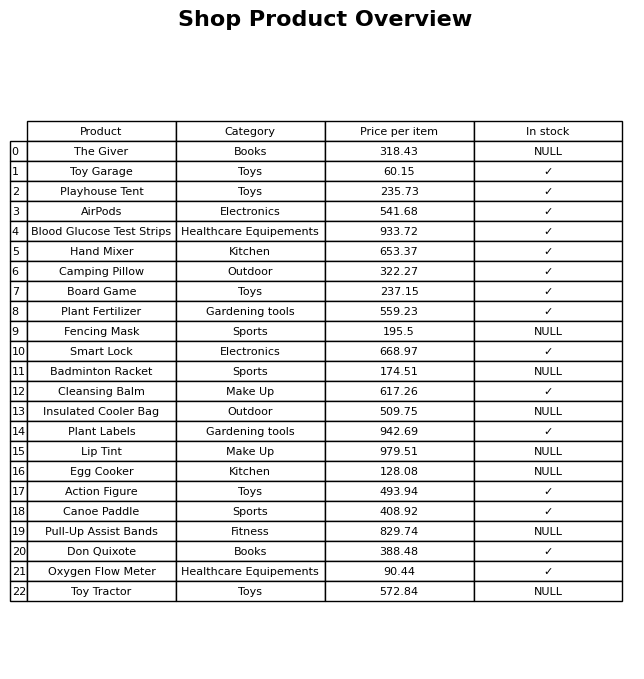
question: What is the stock status of the Plant Fertilizer?
answer: ✓